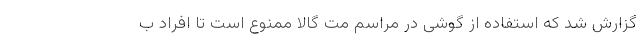
گزارش شد که استفاده از گوشی در مراسم مت گالا ممنوع است تا افراد ب